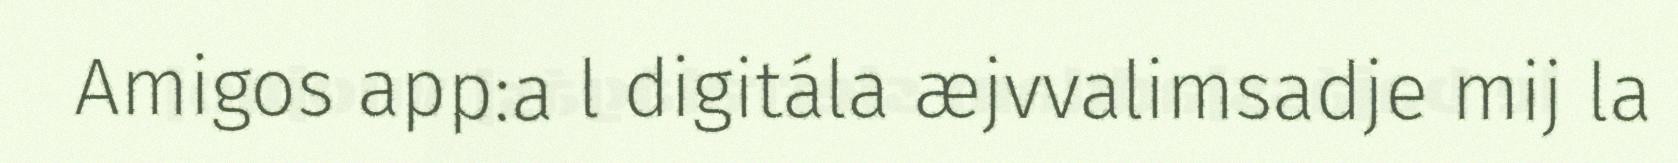
Amigos app:a l digitála æjvvalimsadje mij la